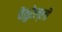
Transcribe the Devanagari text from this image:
वेंतुरेल्ली